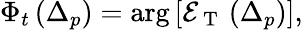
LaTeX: \Phi_{t}\left(\Delta_{p}\right)=\arg\left[\mathcal{E}_{\mathrm{~T~}}\left(\Delta_{p}\right)\right],